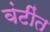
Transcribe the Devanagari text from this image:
वंटींत